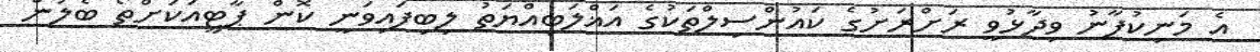
އެ މަނިކުފާނު ވިދާޅުވީ ރަށްރަށުގެ ކައުންސިލްތަކުގެ އަޣްލަބިއްޔަތު ލިބިފައިވަނީ ކޮން ޕާޓީއަކަށްތޯ ބެލުން